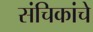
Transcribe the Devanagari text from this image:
संचिकांचे